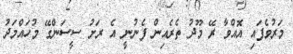
މަރުވެފައި އޮއްވާ ރޭ މޫދު ތެރެއިން ފެނުނީ އެ ރަށު ސީސަންގޭ މުހައްމަދު